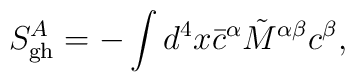
S^A_{\rm gh}=-\int d^4x {\bar c}^\alpha\tilde{M}^{\alpha\beta}c^\beta,